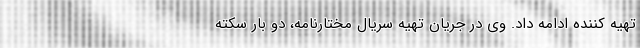
تهیه کننده ادامه داد. وی در جریان تهیه سریال مختارنامه، دو بار سکته